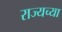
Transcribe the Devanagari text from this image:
राज्यच्या